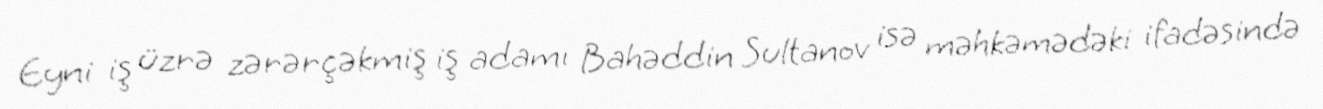
Eyni iş üzrə zərərçəkmiş iş adamı Bahəddin Sultanov isə məhkəmədəki ifadəsində